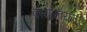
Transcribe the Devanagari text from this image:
कार्यान्‍वयन।